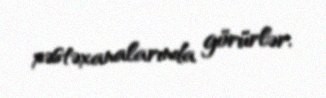
xəstəxanalarında görürlər.